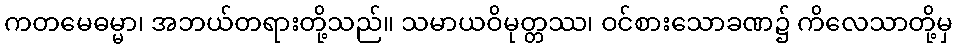
ကတမေဓမ္မာ၊ အဘယ်တရားတို့သည်။ သမာယဝိမုတ္တဿ၊ ဝင်စားသောခဏ၌ ကိလေသာတို့မှ